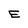
Character: E